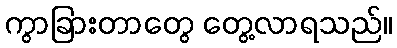
ကွာခြားတာတွေ တွေ့လာရသည်။